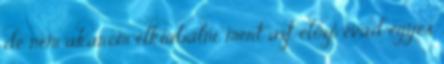
de nem akarom elkiabálni, mert azt előző évad egyes